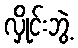
လှိုင်းဘွဲ့